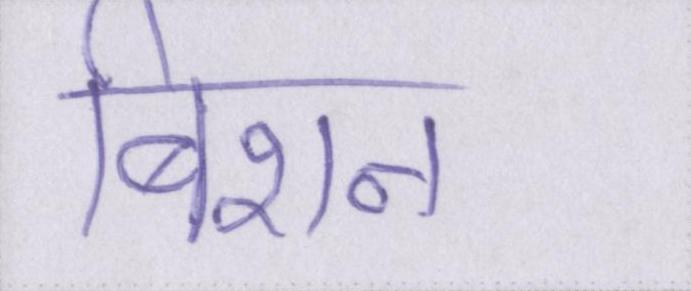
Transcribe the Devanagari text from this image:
बिशन